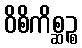
ဝိစိကိစ္ဆဉ္စ